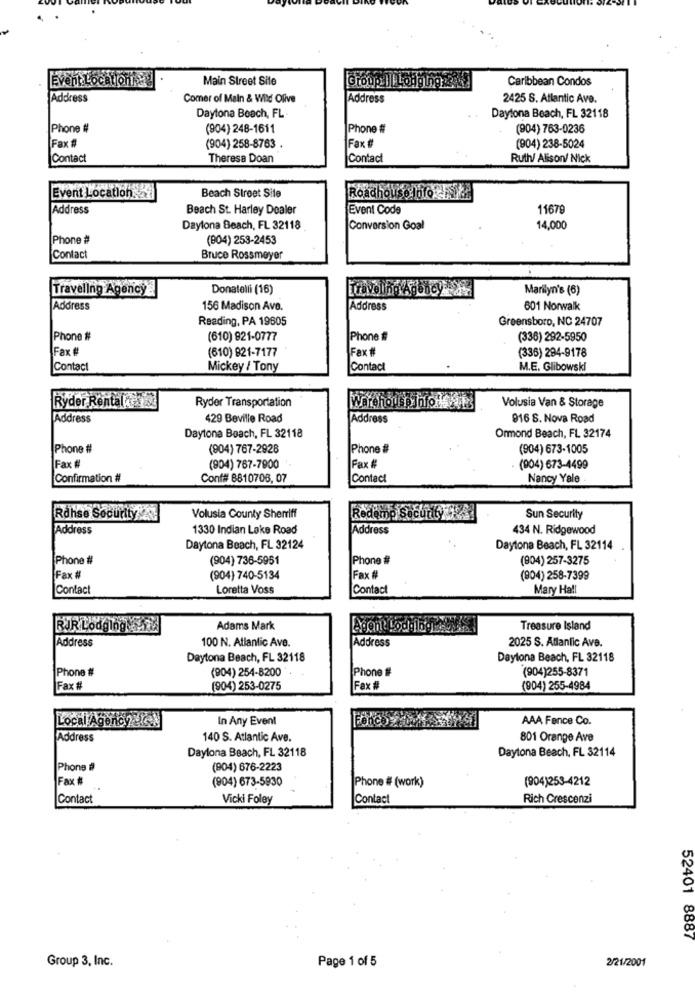
Event Locationne
Main Street Site
Group ||| Lodging:34
Caribbean Condos
Address
Comer of Main & Wild Olive
Address
2425 S. Atlantic Ave.
Daytona Beach, FL.
Daytona Beach, FL 32118
Phone #
(904) 248-1611
Phone #
(904) 763-0236
Fax #
Fax #
(904) 258-8763
(904) 238-5024
Contact
Theresa Doan
Contact
Ruth/ Alison/ Nick
Event Location.
Roadhouse 1610.33
Beach Street Site
Address
Beach St. Harley Dealer
Event Code
11679
Daytona Beach, FL 32118
Conversion Goal
14,000
Phone #
(804) 253-2453
Contact
Bruce Rossmeyer
Traveling Agency
Donatelli (16)
Marilyn's (6)
Address
156 Madison Ave.
Address
601 Norwalk
Reading, PA 19605
Greensboro, NC 24707
Phone #
(610) 821-0777
Phone ##
(336) 292-5950
Fax #
(610) 821-7177
Fax #
(336) 294-9178
Contact
Mickey / Tony
Contact
M.E. Glibowski
Ryder Rentaldes
Ryder Transportation
WarehouseInfo fix
Volusia Van & Storage
Address
429 Beville Road
Address
916 S. Nova Road
Daytona Beach, FL 32118
Ormond Beach, FL 32174
Phone #
(904) 767-2928
Phone #
(904) 673-1005
Fax #
(904) 767-7900
Fax #
(904) 673-4499
Confirmation #
Conf# 8810708, 07
Contact
Nancy Yale
Rahse Security
Volusia County Sheriff
Sun Security
Address
1330 Indian Lake Road
Address
434 N. Ridgewood
Daytona Beach, FL 32124
Daytona Beach, FL 32114
Phone #
(904) 736-5951
Phone #
(804) 257-3275
Fax #
(904) 740-5134
Fax #
(804) 258-7399
Contact
Loretta Voss
Contact
Mary Hall
RJR Lodging
Adams Mark
Agent Lodglbgt
Treasure Island
Address
100 N. Atlantic Ave.
Address
2025 S. Atlantic Ave.
Daytona Beach, FL 32118
Daytona Beach, FL 32118
Phone #
(904) 254-8200
Phone #
(904)255-8371
Fax #
(904) 253-0275
Fax #
(904) 255-4984
Local Agency Urek
In Any Event
Foncož
AAA Fence Co.
Address
140 S. Atlantic Ave.
801 Orange Ave
Daylona Beach, FL 32118
Daytona Beach, FL 32114
Phone #
(904) 676-2223
Fax #
(904) 673-5930
(904)253-4212
Phone # (work)
Contact
Vicki Foley
Contact
Rich Crescenzi
52401 8887
Group 3, Inc.
Page 1 of 5
2/21/2001